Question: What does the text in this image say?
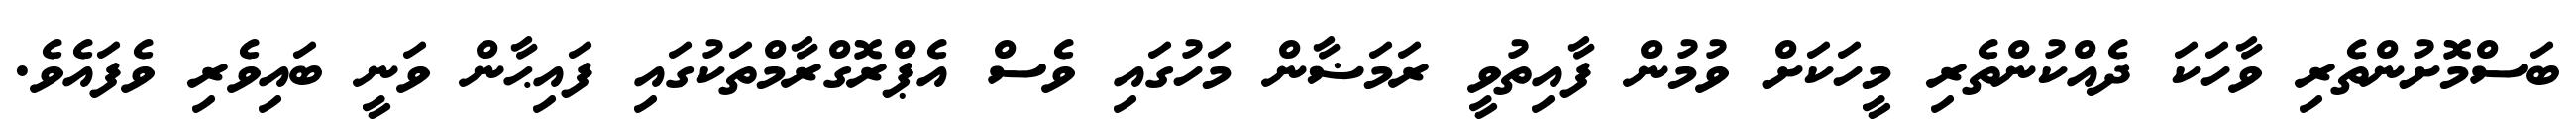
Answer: ބަސްމޮށުންތެރި ވާހަކަ ދެއްކުންތެރި މީހަކަށް ވުމުން ފާއިތުވީ ރަމަޟާން މަހުގައި ވެސް އެޕްރޮގްރާމްތަކުގައި ފައިޙާން ވަނީ ބައިވެރި ވެފައެވެ.